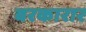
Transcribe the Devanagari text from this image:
बरकारार